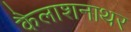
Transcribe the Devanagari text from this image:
कैलाशनाथर